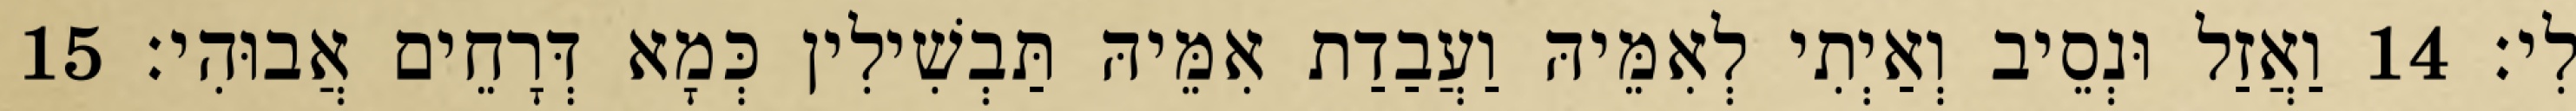
לִי׃ 14 וַאֲזַל וּנְסֵיב וְאַיְתִי לְאִמֵּיהּ וַעֲבַדַת אִמֵּיהּ תַּבְשִׁילִין כְּמָא דְּרָחֵים אֲבוּהִי׃ 15